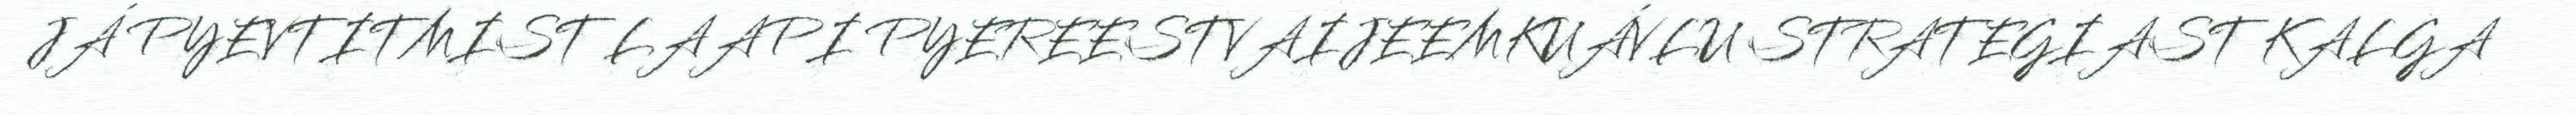
JÁ PYEVTITMIST LAAPI PYEREESTVAIJEEMKUÁVLU STRATEGIAST KALGA